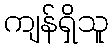
ကျန်ရှိသူ